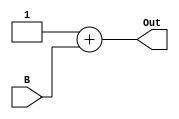
`timescale 1ns / 1ps
//////////////////////////////////////////////////////////////////////////////////
// Company: 
// Engineer: 
// 
// Design Name: 
// Module Name:    ADDER 4
// Project Name:   Design ARM Architecture 
// Target Devices: 
// Tool versions: 
// Description: 
//
// Dependencies: 
//
// Revision: 
// Revision 0.01 - File Created
// Additional Comments: 
//
//////////////////////////////////////////////////////////////////////////////////
module ADDER4(
    input [63:0] B,
    output reg[63:0] Out
    );
	always @(B)	
		Out <= 64'b1 + B;
endmodule